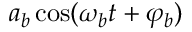
a _ { b } \cos ( \omega _ { b } t + \varphi _ { b } )